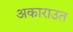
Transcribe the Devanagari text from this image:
अकाराउत